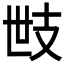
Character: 𢺿